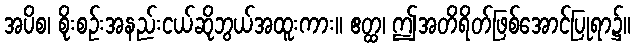
အပိစ၊ စိုးစဉ်းအနည်းငယ်ဆိုဘွယ်အထူးကား။ ဧတ္ထ၊ ဤအတိရိတ်ဖြစ်အောင်ပြုရာ၌။